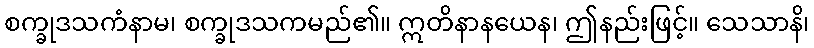
စက္ခုဒသကံနာမ၊ စက္ခုဒသကမည်၏။ ဣတိနာနယေန၊ ဤနည်းဖြင့်။ သေသာနိ၊